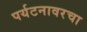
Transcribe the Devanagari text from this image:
पर्यटनावरचा